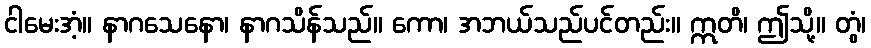
ငါမေးအံ့။ နာဂသေနော၊ နာဂသိန်သည်။ ကော၊ အဘယ်သည်ပင်တည်း။ ဣတိ၊ ဤသို့။ တွံ၊